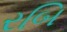
રબિ